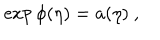
LaTeX: \exp { \phi ( \eta ) } = a ( \eta ) \ ,